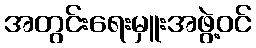
အတွင်းရေးမှူးအဖွဲ့ဝင်